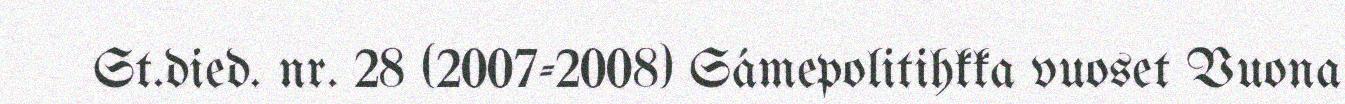
St.died. nr. 28 (2007-2008) Sámepolitihkka vuoset Vuona